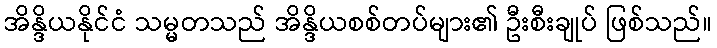
အိန္ဒိယနိုင်ငံ သမ္မတသည် အိန္ဒိယစစ်တပ်များ၏ ဦးစီးချုပ် ဖြစ်သည်။